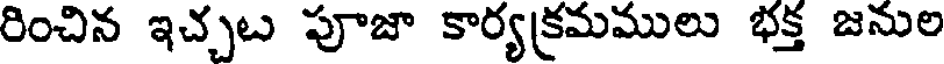
రించిన ఇచ్చట పూజా కార్యక్రమములు భక్త జనుల